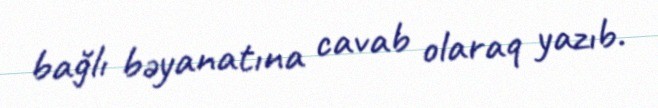
bağlı bəyanatına cavab olaraq yazıb.